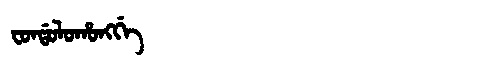
Manchu: ᠸᠣᠨᡩᠣᠯᠣᡥᠣᠩᡤᡝ
Romanization: FONDOLOHONGGE